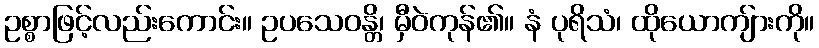
ဥစ္စာဖြင့်လည်းကောင်း။ ဥပသေဝန္တိ၊ မှီဝဲကုန်၏။ နံ ပုရိသံ၊ ထိုယောကျ်ားကို။